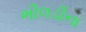
ભીલડીના